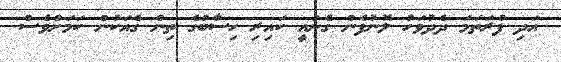
އަދި ފުރަތަމަ ދެދުވަހު ލޮނުފެން ގެނައީ ކައިރި ހިސާބުގެ ތިން ގެއަކުން ކަމަށްވެސް